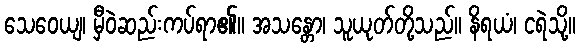
သေဝေယျ၊ မှီဝဲဆည်းကပ်ရာ၏။ အသန္တော၊ သူယုတ်တို့သည်။ နိရယံ၊ ငရဲသို့။